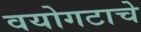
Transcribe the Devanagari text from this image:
वयोगटाचे